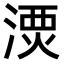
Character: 𣺗